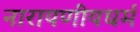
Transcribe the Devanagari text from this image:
नारायणीयधर्म